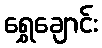
ရွှေချောင်း